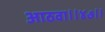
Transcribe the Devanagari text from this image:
आठवा।।४७।।